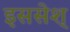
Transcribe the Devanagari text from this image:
इससेश्